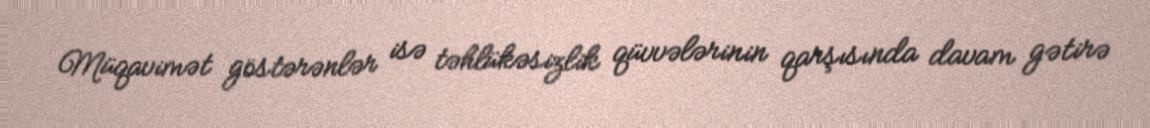
Müqavimət göstərənlər isə təhlükəsizlik qüvvələrinin qarşısında davam gətirə